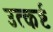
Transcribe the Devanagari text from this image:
उत्कर्ष्ट